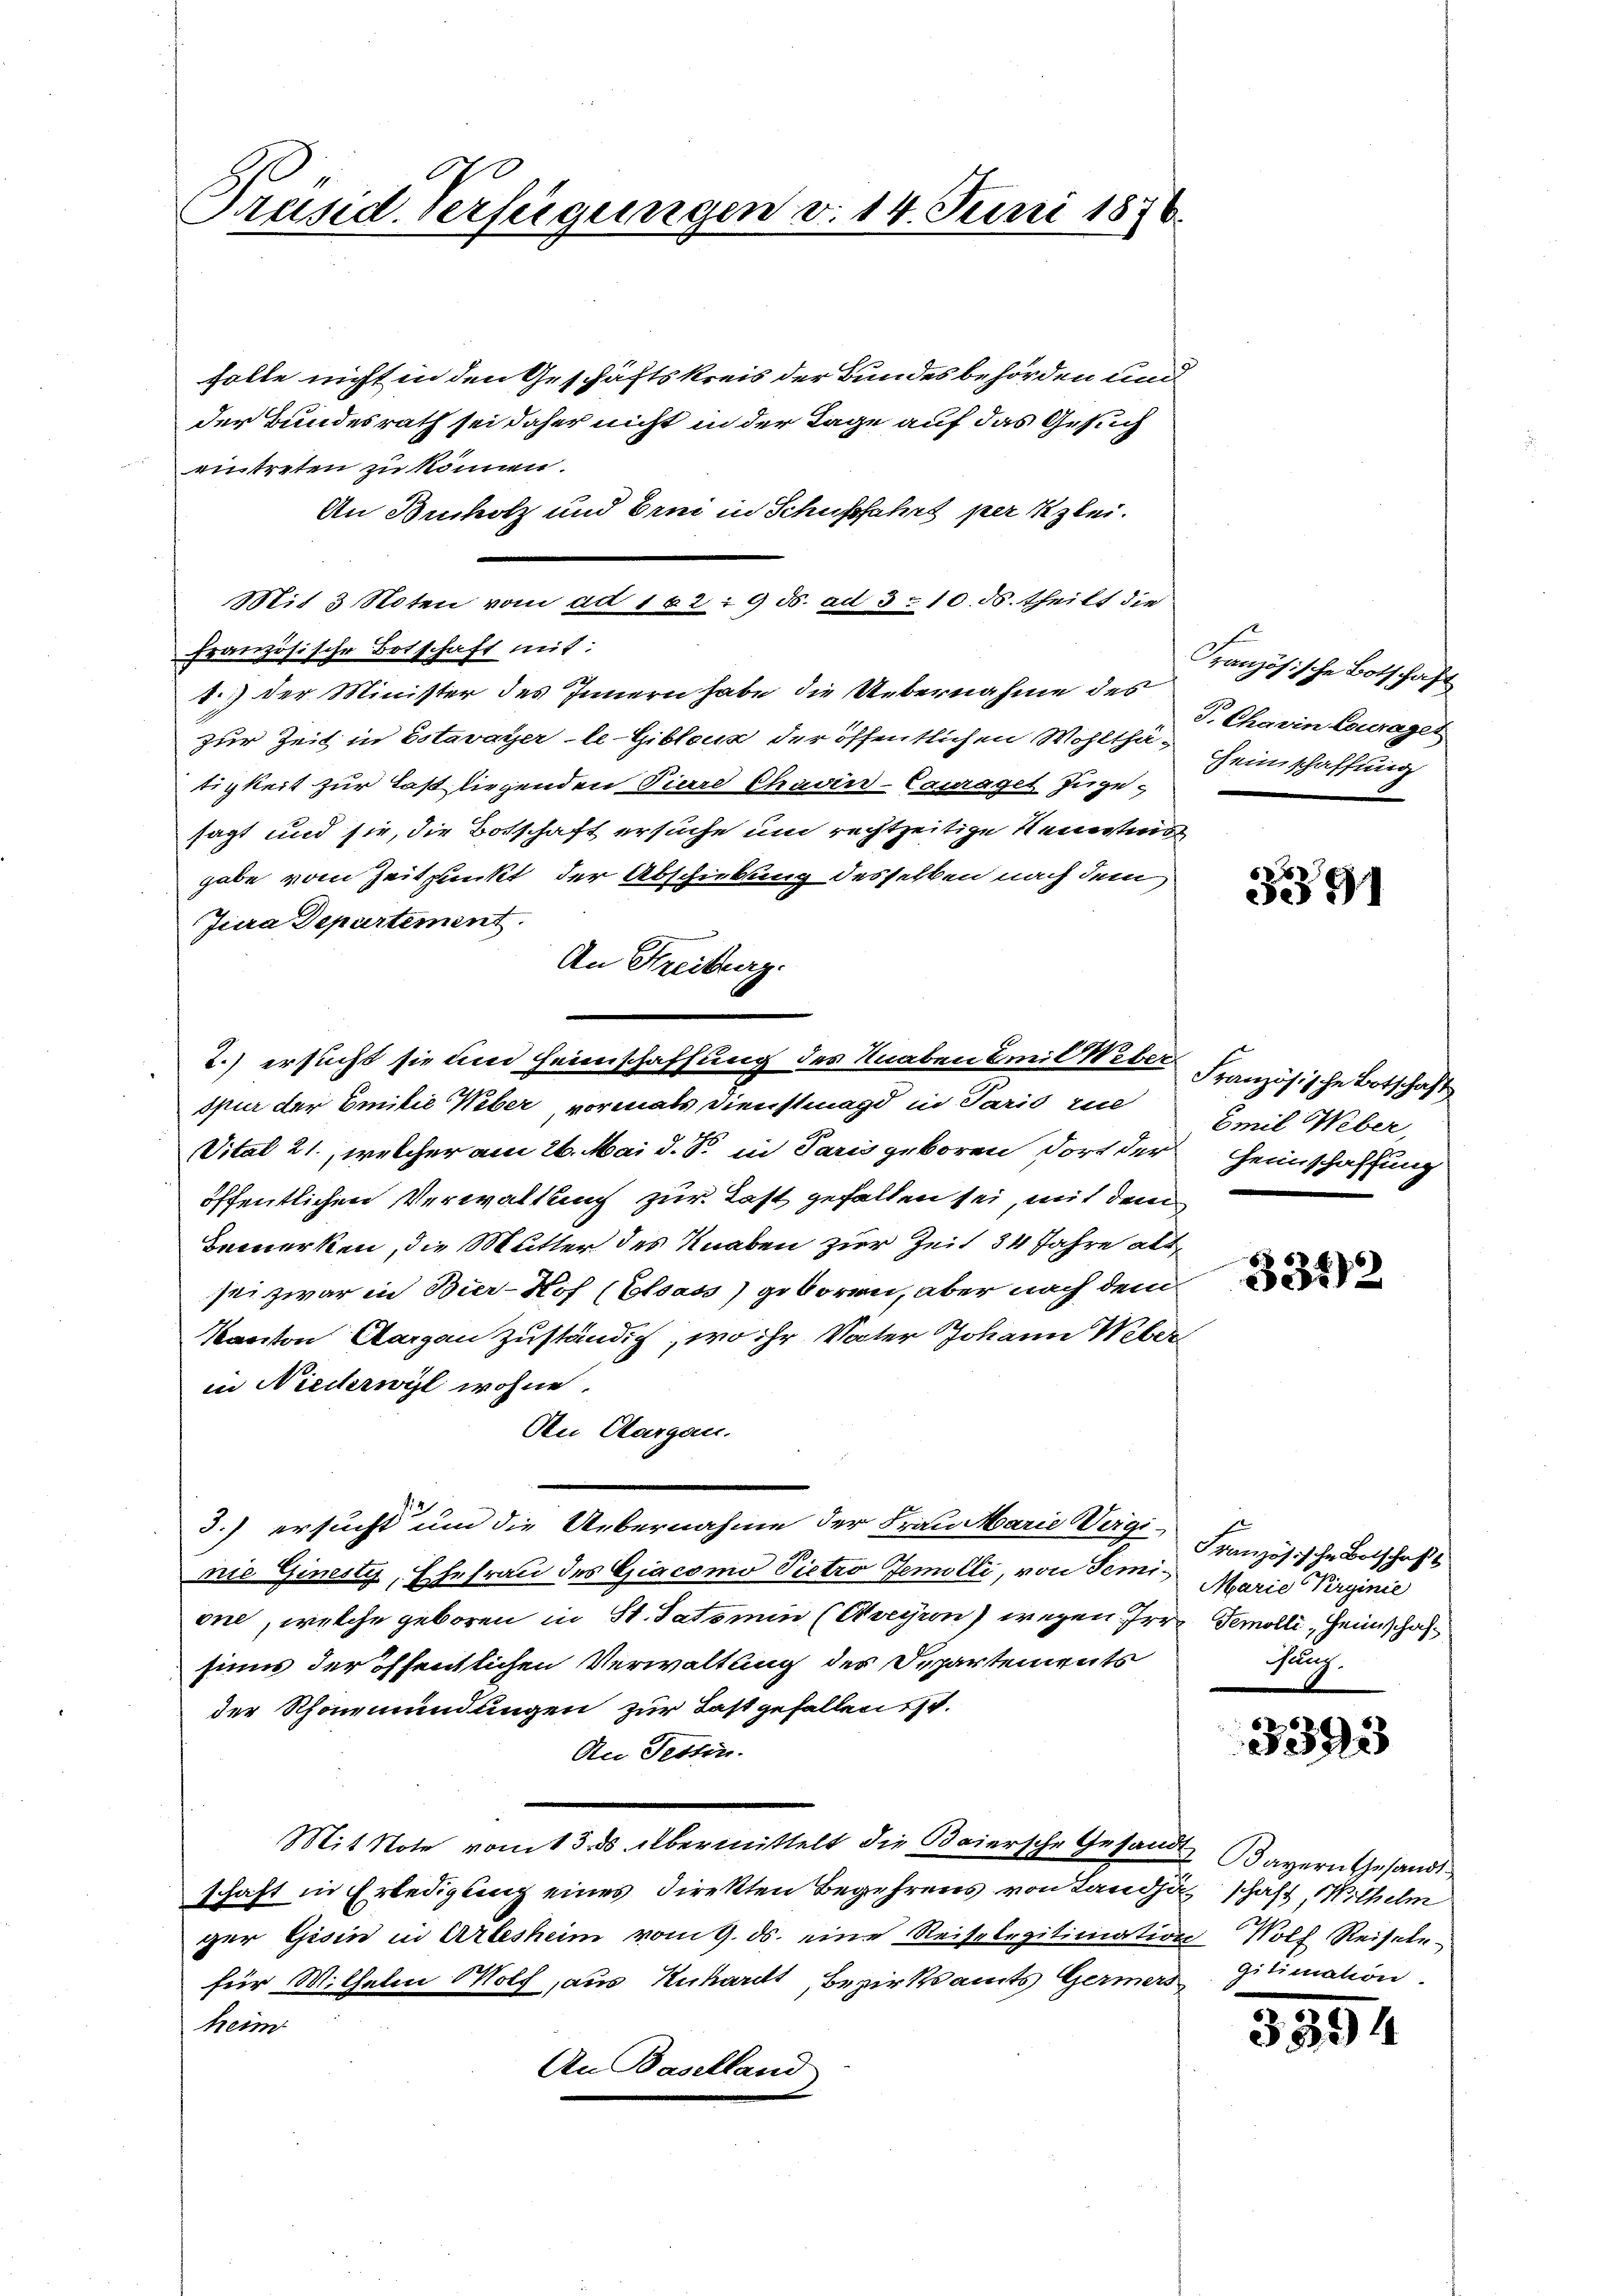
Präsid. Verfügungen v. 14. Juni 1876.

solle nicht in den Geschäftskreis der Bundesbehörden und
der Bundesrath sei daher nicht in der Tage auf das Gesuch
eintreten zu können.
An Bucholz und Erni in Schussfahres per lei¬
Mit 3 Noten vom ad 102: 9 ds. ad 3. 10. ds. theilt die
französische Botschaft mit:
1.) der Minister des Innern habe die Uebernahme des
zur Zeit in Estavayer-le-Giblous der öffentlichen Wohlthätigkeit zur Last liegenden Tiere Charin - Carraget zugesagt und sie, die Botschaft ersuche um rechtzeitige Neuerteng
gabe vom Zeitpunkt der Abschickung desselben nach dem
Jura Departement
An Freiburg.
Spur der Emilie Weber vormals Dienstmagd in Paris in
Vital 21., welcher am 26. Mai d. S. in Paris geboren dort der Heimschaffung
öffentlichen Verwaltung zur Last gefallen sei, mit dem
Bemerken, die Mutter des Knaben zur Zeit 34 Jahre alt
sei zwar in Bier-Kof (Elsass) geboren, aber nach dem
Kanton Aargau zuständig, wo ihr Vater Johann Weber
in Niederwyl wohne.
An Aargau.
3.) ersucht um die Uebernahme der Frau Marie Vergi-
nie Ginesty, Ehefrau des Giacomo Pietro Zemolli, von Semi- Marie Virginie
one, welche geboren in St. Tatsmin (Kreyion) wegen Irr Gemolli, Heinschaft
sinns der öffentlichen Verwaltung des Departements
der Schönemündungen zur Last gefallen ist.
An Tessin.
Mit Note vom 15. ds übermittelt die Baiersche Gesandt, Bayern Gesandt
schaft in Erledigung eines Direkten Begehrens von Landjäh schaft, Wilhelm
ger Gisin in Arlesheim vom 9. ds. eine Reiselegitimation Wolf Reisetefür Wilhelm Wolf, aus Anhardt, Bezirksamts Germers
heim
An Baselland

2.) ersucht sie und Heimschaffung des Knaben Emil Weber Französische Botschaft

Französische Botschaft
P. Charin Courages
Heinschaffung

5391

Emil Weber,

3342

Französische Botschaft
lg.

3393

gitimation.

3554